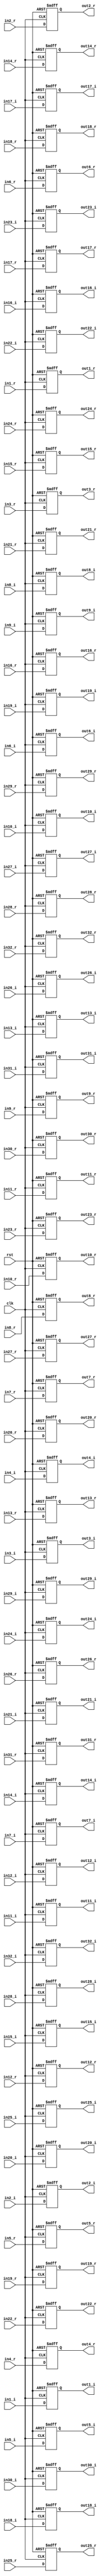
`timescale 1ns / 1ps

module pipeline_stage #
(
    parameter N = 16
)
(
    input                   clk,
    input                   rst,
    input       [N-1:0]     in1_r,
    input       [N-1:0]     in1_i,
    input       [N-1:0]     in2_r,
    input       [N-1:0]     in2_i,
    input       [N-1:0]     in3_r,
    input       [N-1:0]     in3_i,
    input       [N-1:0]     in4_r,
    input       [N-1:0]     in4_i,
    input       [N-1:0]     in5_r,
    input       [N-1:0]     in5_i,
    input       [N-1:0]     in6_r,
    input       [N-1:0]     in6_i,
    input       [N-1:0]     in7_r,
    input       [N-1:0]     in7_i,
    input       [N-1:0]     in8_r,
    input       [N-1:0]     in8_i,
    input       [N-1:0]     in9_r,
    input       [N-1:0]     in9_i,
    input       [N-1:0]     in10_r,
    input       [N-1:0]     in10_i,
    input       [N-1:0]     in11_r,
    input       [N-1:0]     in11_i,
    input       [N-1:0]     in12_r,
    input       [N-1:0]     in12_i,
    input       [N-1:0]     in13_r,
    input       [N-1:0]     in13_i,
    input       [N-1:0]     in14_r,
    input       [N-1:0]     in14_i,
    input       [N-1:0]     in15_r,
    input       [N-1:0]     in15_i,
    input       [N-1:0]     in16_r,
    input       [N-1:0]     in16_i,
    input       [N-1:0]     in17_r,
    input       [N-1:0]     in17_i,
    input       [N-1:0]     in18_r,
    input       [N-1:0]     in18_i,
    input       [N-1:0]     in19_r,
    input       [N-1:0]     in19_i,
    input       [N-1:0]     in20_r,
    input       [N-1:0]     in20_i,
    input       [N-1:0]     in21_r,
    input       [N-1:0]     in21_i,
    input       [N-1:0]     in22_r,
    input       [N-1:0]     in22_i,
    input       [N-1:0]     in23_r,
    input       [N-1:0]     in23_i,
    input       [N-1:0]     in24_r,
    input       [N-1:0]     in24_i,
    input       [N-1:0]     in25_r,
    input       [N-1:0]     in25_i,
    input       [N-1:0]     in26_r,
    input       [N-1:0]     in26_i,
    input       [N-1:0]     in27_r,
    input       [N-1:0]     in27_i,
    input       [N-1:0]     in28_r,
    input       [N-1:0]     in28_i,
    input       [N-1:0]     in29_r,
    input       [N-1:0]     in29_i,
    input       [N-1:0]     in30_r,
    input       [N-1:0]     in30_i,
    input       [N-1:0]     in31_r,
    input       [N-1:0]     in31_i,
    input       [N-1:0]     in32_r,
    input       [N-1:0]     in32_i,

    output reg  [N-1:0]     out1_r,
    output reg  [N-1:0]     out1_i,
    output reg  [N-1:0]     out2_r,
    output reg  [N-1:0]     out2_i,
    output reg  [N-1:0]     out3_r,
    output reg  [N-1:0]     out3_i,
    output reg  [N-1:0]     out4_r,
    output reg  [N-1:0]     out4_i,
    output reg  [N-1:0]     out5_r,
    output reg  [N-1:0]     out5_i,
    output reg  [N-1:0]     out6_r,
    output reg  [N-1:0]     out6_i,
    output reg  [N-1:0]     out7_r,
    output reg  [N-1:0]     out7_i,
    output reg  [N-1:0]     out8_r,
    output reg  [N-1:0]     out8_i,
    output reg  [N-1:0]     out9_r,
    output reg  [N-1:0]     out9_i,
    output reg  [N-1:0]     out10_r,
    output reg  [N-1:0]     out10_i,
    output reg  [N-1:0]     out11_r,
    output reg  [N-1:0]     out11_i,
    output reg  [N-1:0]     out12_r,
    output reg  [N-1:0]     out12_i,
    output reg  [N-1:0]     out13_r,
    output reg  [N-1:0]     out13_i,
    output reg  [N-1:0]     out14_r,
    output reg  [N-1:0]     out14_i,
    output reg  [N-1:0]     out15_r,
    output reg  [N-1:0]     out15_i,
    output reg  [N-1:0]     out16_r,
    output reg  [N-1:0]     out16_i,
    output reg  [N-1:0]     out17_r,
    output reg  [N-1:0]     out17_i,
    output reg  [N-1:0]     out18_r,
    output reg  [N-1:0]     out18_i,
    output reg  [N-1:0]     out19_r,
    output reg  [N-1:0]     out19_i,
    output reg  [N-1:0]     out20_r,
    output reg  [N-1:0]     out20_i,
    output reg  [N-1:0]     out21_r,
    output reg  [N-1:0]     out21_i,
    output reg  [N-1:0]     out22_r,
    output reg  [N-1:0]     out22_i,
    output reg  [N-1:0]     out23_r,
    output reg  [N-1:0]     out23_i,
    output reg  [N-1:0]     out24_r,
    output reg  [N-1:0]     out24_i,
    output reg  [N-1:0]     out25_r,
    output reg  [N-1:0]     out25_i,
    output reg  [N-1:0]     out26_r,
    output reg  [N-1:0]     out26_i,
    output reg  [N-1:0]     out27_r,
    output reg  [N-1:0]     out27_i,
    output reg  [N-1:0]     out28_r,
    output reg  [N-1:0]     out28_i,
    output reg  [N-1:0]     out29_r,
    output reg  [N-1:0]     out29_i,
    output reg  [N-1:0]     out30_r,
    output reg  [N-1:0]     out30_i,
    output reg  [N-1:0]     out31_r,
    output reg  [N-1:0]     out31_i,
    output reg  [N-1:0]     out32_r,
    output reg  [N-1:0]     out32_i

);


    always @ (posedge clk or posedge rst) begin
      if(rst) begin
        out1_r  <= 0;
        out1_i  <= 0;
        out2_r  <= 0;
        out2_i  <= 0;
        out3_r  <= 0;
        out3_i  <= 0;
        out4_r  <= 0;
        out4_i  <= 0;
        out5_r  <= 0;
        out5_i  <= 0;
        out6_r  <= 0;
        out6_i  <= 0;
        out7_r  <= 0;
        out7_i  <= 0;
        out8_r  <= 0;
        out8_i  <= 0;
        out9_r  <= 0;
        out9_i  <= 0;
        out10_r <= 0;
        out10_i <= 0;
        out11_r <= 0;
        out11_i <= 0;
        out12_r <= 0;
        out12_i <= 0;
        out13_r <= 0;
        out13_i <= 0;
        out14_r <= 0;
        out14_i <= 0;
        out15_r <= 0;
        out15_i <= 0;
        out16_r <= 0;
        out16_i <= 0;
        out17_r <= 0;
        out17_i <= 0;
        out18_r <= 0;
        out18_i <= 0;
        out19_r <= 0;
        out19_i <= 0;
        out20_r <= 0;
        out20_i <= 0;
        out21_r <= 0;
        out21_i <= 0;
        out22_r <= 0;
        out22_i <= 0;
        out23_r <= 0;
        out23_i <= 0;
        out24_r <= 0;
        out24_i <= 0;
        out25_r <= 0;
        out25_i <= 0;
        out26_r <= 0;
        out26_i <= 0;
        out27_r <= 0;
        out27_i <= 0;
        out28_r <= 0;
        out28_i <= 0;
        out29_r <= 0;
        out29_i <= 0;
        out30_r <= 0;
        out30_i <= 0;
        out31_r <= 0;
        out31_i <= 0;
        out32_r <= 0;
        out32_i <= 0;
      end
      else begin
        out1_r  <= in1_r;
        out1_i  <= in1_i;
        out2_r  <= in2_r;
        out2_i  <= in2_i;
        out3_r  <= in3_r;
        out3_i  <= in3_i;
        out4_r  <= in4_r;
        out4_i  <= in4_i;
        out5_r  <= in5_r;
        out5_i  <= in5_i;
        out6_r  <= in6_r;
        out6_i  <= in6_i;
        out7_r  <= in7_r;
        out7_i  <= in7_i;
        out8_r  <= in8_r;
        out8_i  <= in8_i;
        out9_r  <= in9_r;
        out9_i  <= in9_i;
        out10_r <= in10_r;
        out10_i <= in10_i;
        out11_r <= in11_r;
        out11_i <= in11_i;
        out12_r <= in12_r;
        out12_i <= in12_i;
        out13_r <= in13_r;
        out13_i <= in13_i;
        out14_r <= in14_r;
        out14_i <= in14_i;
        out15_r <= in15_r;
        out15_i <= in15_i;
        out16_r <= in16_r;
        out16_i <= in16_i;
        out17_r <= in17_r;
        out17_i <= in17_i;
        out18_r <= in18_r;
        out18_i <= in18_i;
        out19_r <= in19_r;
        out19_i <= in19_i;
        out20_r <= in20_r;
        out20_i <= in20_i;
        out21_r <= in21_r;
        out21_i <= in21_i;
        out22_r <= in22_r;
        out22_i <= in22_i;
        out23_r <= in23_r;
        out23_i <= in23_i;
        out24_r <= in24_r;
        out24_i <= in24_i;
        out25_r <= in25_r;
        out25_i <= in25_i;
        out26_r <= in26_r;
        out26_i <= in26_i;
        out27_r <= in27_r;
        out27_i <= in27_i;
        out28_r <= in28_r;
        out28_i <= in28_i;
        out29_r <= in29_r;
        out29_i <= in29_i;
        out30_r <= in30_r;
        out30_i <= in30_i;
        out31_r <= in31_r;
        out31_i <= in31_i;
        out32_r <= in32_r;
        out32_i <= in32_i;
      end
    end //always

endmodule